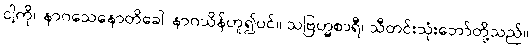
ငါ့ကို။ နာဂသေနောတိခေါ၊ နာဂသိန်ဟူ၍ပင်။ သဗြဟ္မစာရီ၊ သီတင်းသုံးဘော်တို့သည်။